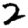
Digit: 2